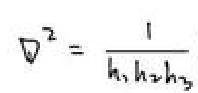
\[ \nabla^{2} = \frac{1}{h_1 h_2 h_3} \]